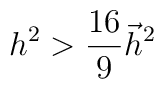
h^2>\frac{16}9\vec h^2